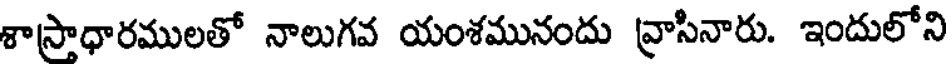
శాస్రాధారములతో నాలుగవ యంశమునందు వ్రాసినారు. ఇందులోని